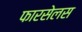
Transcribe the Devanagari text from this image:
फारसेलस